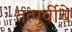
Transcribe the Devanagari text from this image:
तत्पुर्वीचे